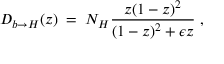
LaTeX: { D _ { b \rightarrow H } ( z ) \; = \; N _ { H } { \frac { z ( 1 - z ) ^ { 2 } } { ( 1 - z ) ^ { 2 } + \epsilon z } } \; , }